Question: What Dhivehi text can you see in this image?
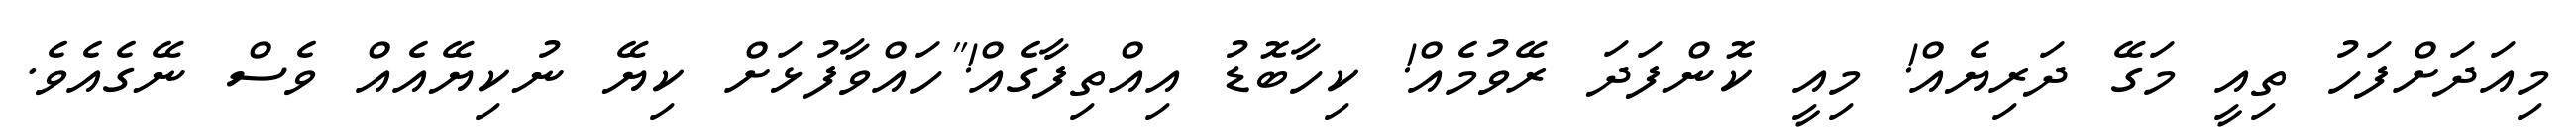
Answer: މިއަދަށްފަހު ތިއީ މަގޭ ދަރިޔެއް! މިއީ ކޮންފަދަ ރޭވުމެއް! ކިހާބޮޑު އިއްތިފާގެއް!"ހައްވާފުޅަށް ކިޔޭ ނުކިޔޭއެއް ވެސް ނޭގެއެވެ.